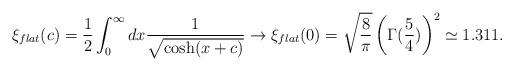
LaTeX: \begin{align*}\xi_{flat}(c)=\frac12\int_0^\infty dx\frac{1}{\sqrt{\cosh(x+c)}}\rightarrow\xi_{flat}(0)=\sqrt{\frac{8}{\pi}}\left(\Gamma(\frac{5}{4})\right)^2\simeq 1.311.\end{align*}